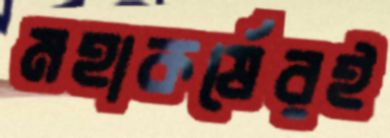
মহাকর্ষেরই